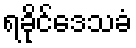
ရခိုင်ဒေသခံ